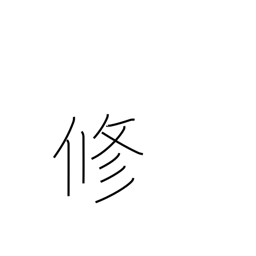
Meaning: master